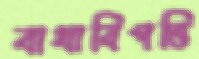
বাধাবিপত্তি